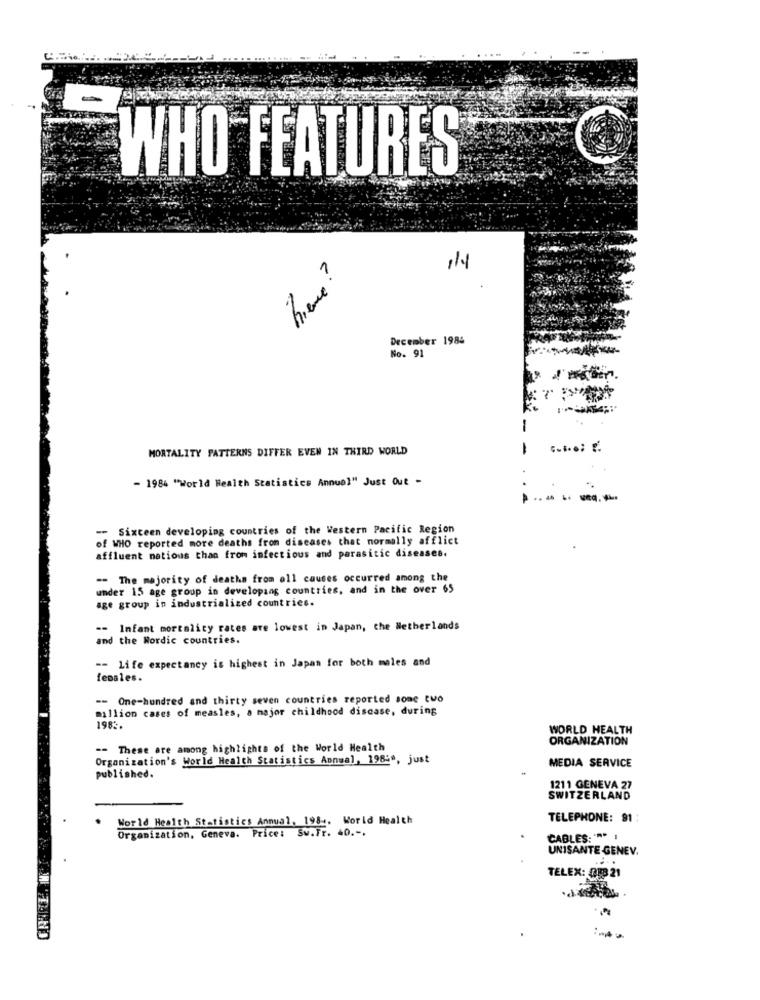
-
WHO FEATURES
hiere?
December 1984
No. 91
MORTALITY PATTERNS DIFFER EVEN IN THIRD WORLD
-
- 1984 "World Health Statistics Annual" Just Out -
-- Sixteen developing countries of the Western Pacific Region
of WHO reported more deaths from diseases that normally afflict
affluent nations than from infectious and parasitic diseases.
-- The majority of deaths from oll causes occurred among the
under 15 age group in developing countries, and in the over 65
age group in industrialized countries.
-- Infant mortality rates are lowest in Japan, the Netherlands
and the Nordic countries.
-- Life expectancy is highest in Japan for both males and
females.
-- One-hundred and thirty seven countries reported sone two
million cases of measles, a major childhood discase, during
1982.
WORLD HEALTH
ORGANIZATION
-- These are among highlights of the World Health
Organization's World Health Statistics Annual, 19849, just
MEDIA SERVICE
published.
1211 GENEVA 27
SWITZERLAND
World Health Statistics Annual, 198 -. World Health
TELEPHONE: 91 ;
Organization, Geneva. Price: Sw.Fr. 40 .-.
CABLES: ""* 1
UNISANTE GENEV.
TELEX: 083 21